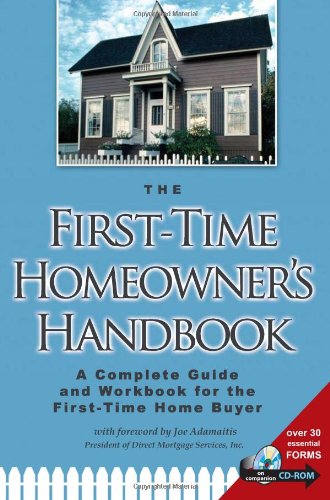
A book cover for The First-Time Homeowner's Handbook: A Complete Guide and Workbook for the First-Time Home Buyer (Book & CD-ROM); Atlantic Publishing Co; Business & Money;